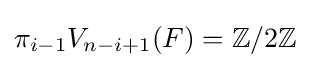
\pi _{i-1}V_{n-i+1}(F)=\mathbb {Z} /2\mathbb {Z}